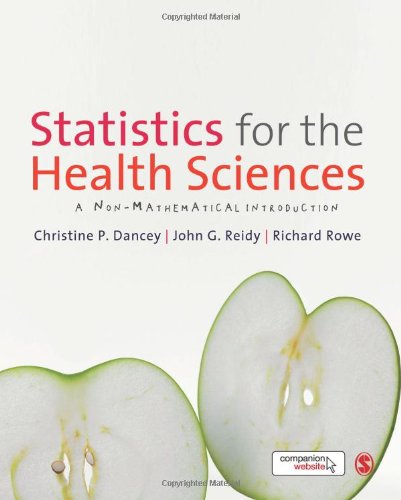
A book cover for Statistics for the Health Sciences: A Non-Mathematical Introduction; Christine Dancey; Medical Books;